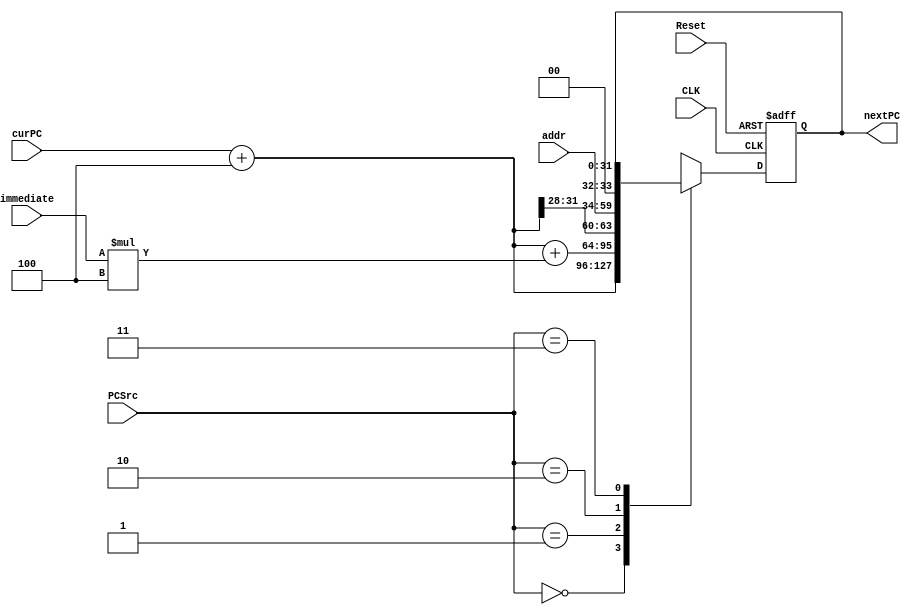
`timescale 1ns / 1ps

module Adder(
        input CLK,    
        input Reset,          
        input [1:0] PCSrc,            
        input [31:0] immediate, 
        input [25:0] addr,
        input [31:0] curPC,
        output reg[31:0] nextPC
    );
    
    reg [31:0] newPC;
    initial newPC = 0 ;
    
    always@(negedge CLK or negedge Reset) begin
        if(Reset == 0) begin
            nextPC = 0;
        end
        else begin
            newPC = curPC + 4;
            case(PCSrc)
                2'b00: nextPC = curPC + 4;
                2'b01: nextPC = curPC + 4 + immediate * 4;
                2'b10: nextPC = {newPC[31:28],addr,2'b00};
                2'b11: nextPC = nextPC;
            endcase
        end
    end
endmodule